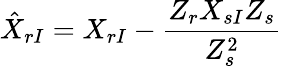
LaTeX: \hat{X}_{rI}=X_{rI}-{\frac{Z_{r}X_{sI}Z_{s}}{Z_{s}^{2}}}